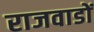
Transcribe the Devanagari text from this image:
राजवाडों